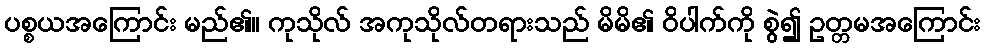
ပစ္စယအကြောင်း မည်၏။ ကုသိုလ် အကုသိုလ်တရားသည် မိမိ၏ ဝိပါက်ကို စွဲ၍ ဥတ္တမအကြောင်း